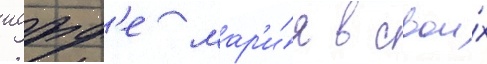
иофф'е мар'и́я в свои́х